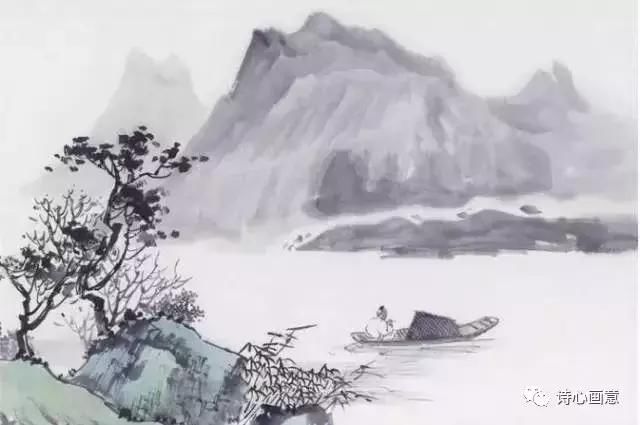
昔我往矣，杨柳依依。